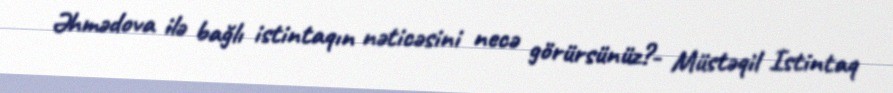
Əhmədova ilə bağlı istintaqın nəticəsini necə görürsünüz?- Müstəqil Istintaq